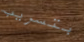
بتسريب